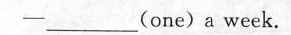
-___(one)a week.